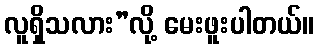
လူရှိသလား”လို့ မေးဖူးပါတယ်။